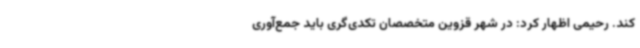
کند. رحیمی اظهار کرد: در شهر قزوین متخصصان تکدی‌گری باید جمع‌آوری